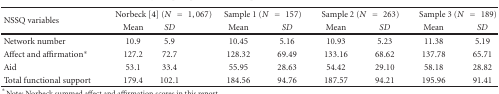
<table><thead><tr><td rowspan="2"><b>NSSQ variables</b></td><td colspan="2"><b>Norbeck [4] (<i>N</i> = 1,067)</b></td><td colspan="2"><b>Sample 1 (<i>N</i> = 157)</b></td><td colspan="2"><b>Sample 2 (<i>N</i> = 263)</b></td><td colspan="2"><b>Sample 3 (<i>N</i> = 189)</b></td></tr><tr><td><b>Mean</b></td><td><b><i>SD</i></b></td><td><b>Mean</b></td><td><b><i>SD</i></b></td><td><b>Mean</b></td><td><b><i>SD</i></b></td><td><b>Mean</b></td><td><b><i>SD</i></b></td></tr></thead><tbody><tr><td>Network number</td><td>10.9</td><td>5.9</td><td>10.45</td><td>5.16</td><td>10.93</td><td>5.23</td><td>11.38</td><td>5.19</td></tr><tr><td>Affect and affirmation*</td><td>127.2</td><td>72.7</td><td>128.32</td><td>69.49</td><td>133.16</td><td>68.62</td><td>137.78</td><td>65.71</td></tr><tr><td>Aid</td><td>53.1</td><td>33.4</td><td>55.95</td><td>28.63</td><td>54.42</td><td>29.10</td><td>58.18</td><td>28.82</td></tr><tr><td>Total functional support</td><td>179.4</td><td>102.1</td><td>184.56</td><td>94.76</td><td>187.57</td><td>94.21</td><td>195.96</td><td>91.41</td></tr></tbody></table>